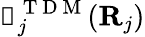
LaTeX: {\boldsymbol{\upmu}}_{j}^{\mathrm{~T~D~M~}}({\mathbf{R}}_{j})